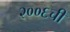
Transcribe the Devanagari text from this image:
२००६ची